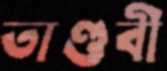
তাণ্ডবী